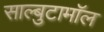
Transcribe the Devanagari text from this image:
साल्बुटामॉल